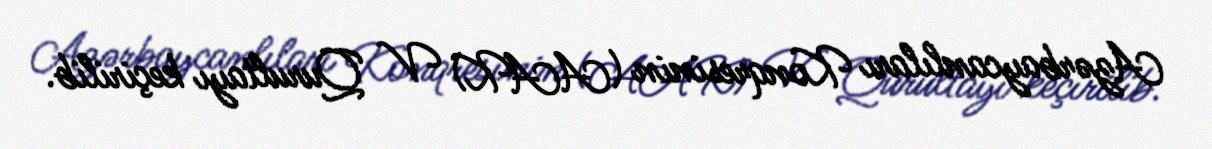
Azərbaycanlıları Konqresinin (AAK) V Qurultayı keçirilib.